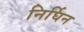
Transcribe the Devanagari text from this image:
निर्घिन